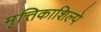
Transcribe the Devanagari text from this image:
मृत्तिकाशिल्पे